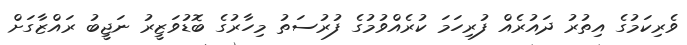
ވެރިކަމުގެ އިތުރު ދައުރެއް ފުރިހަމަ ކުރެއްވުމުގެ ފުރުސަތު މިހާރުގެ ބޮޑުވަޒީރު ނަޖީބު ރައްޒާގަށް